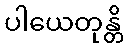
ပါယေတုန္တိ